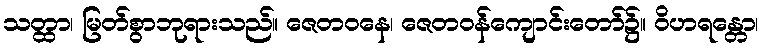
သတ္ထာ၊ မြတ်စွာဘုရားသည်။ ဇေတဝနေ၊ ဇေတဝန်ကျောင်းတော်၌။ ဝိဟရန္တော၊